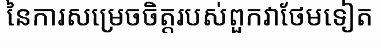
នៃការសម្រេចចិត្តរបស់ពួកវាថែមទៀត